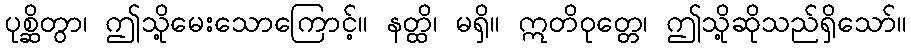
ပုစ္ဆိတွာ၊ ဤသို့မေးသောကြောင့်။ နတ္ထိ၊ မရှိ။ ဣတိဝုတ္တေ၊ ဤသို့ဆိုသည်ရှိသော်။